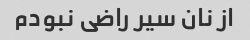
از نان سیر راضی نبودم